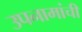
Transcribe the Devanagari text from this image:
उपनामांची